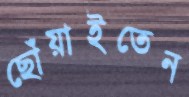
ছোঁয়াইতেন